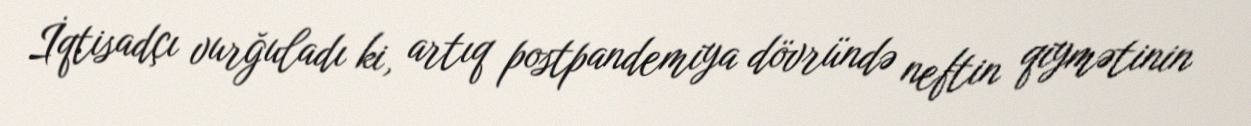
İqtisadçı vurğuladı ki, artıq postpandemiya dövründə neftin qiymətinin